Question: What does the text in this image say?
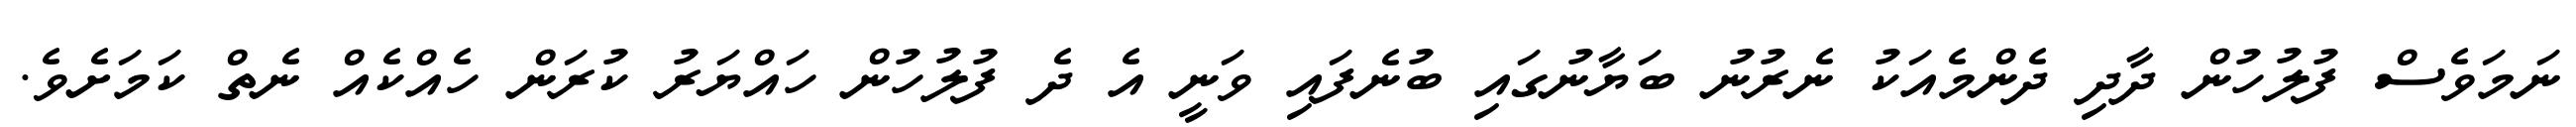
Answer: ނަމަވެސް ފުލުހުން ދާދި ދެންމެއަކު ނެރުނު ބަޔާނުގައި ބުނެފައި ވަނީ އެ ދެ ފުލުހުން ހައްޔަރު ކުރަން ހެއްކެއް ނެތް ކަމަށެވެ.